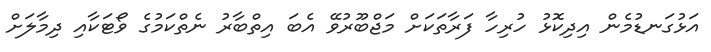
އަޅުގަނޑުމެން އިދިކޮޅު ހުރިހާ ފަރާތަކަށް މަޖްބޫރުވޭ އެބަ އިތްބާރު ނެތްކަމުގެ ވޯޓަކާއި ދިމާލަށް